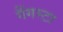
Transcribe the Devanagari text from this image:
गैंगस्टा